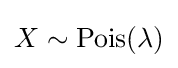
X\sim \operatorname {Pois} (\lambda )